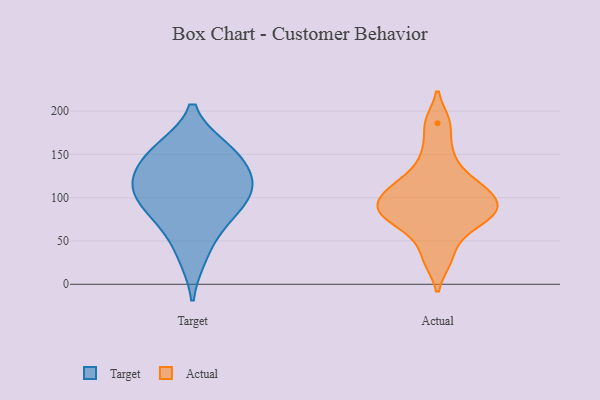
{"axis": {"x": "Demand Index", "y": "Value"}, "legend": ["Actual", "Target"], "data": [{"x": "", "y": 71, "type": "Target"}, {"x": "", "y": 102, "type": "Target"}, {"x": "", "y": 76, "type": "Target"}, {"x": "", "y": 105, "type": "Target"}, {"x": "", "y": 127, "type": "Target"}, {"x": "", "y": 157, "type": "Target"}, {"x": "", "y": 145, "type": "Target"}, {"x": "", "y": 106, "type": "Target"}, {"x": "", "y": 32, "type": "Target"}, {"x": "", "y": 157, "type": "Target"}, {"x": "", "y": 121, "type": "Target"}, {"x": "", "y": 82, "type": "Actual"}, {"x": "", "y": 86, "type": "Actual"}, {"x": "", "y": 118, "type": "Actual"}, {"x": "", "y": 78, "type": "Actual"}, {"x": "", "y": 149, "type": "Actual"}, {"x": "", "y": 28, "type": "Actual"}, {"x": "", "y": 112, "type": "Actual"}, {"x": "", "y": 89, "type": "Actual"}, {"x": "", "y": 186, "type": "Actual"}, {"x": "", "y": 58, "type": "Actual"}, {"x": "", "y": 106, "type": "Actual"}]}